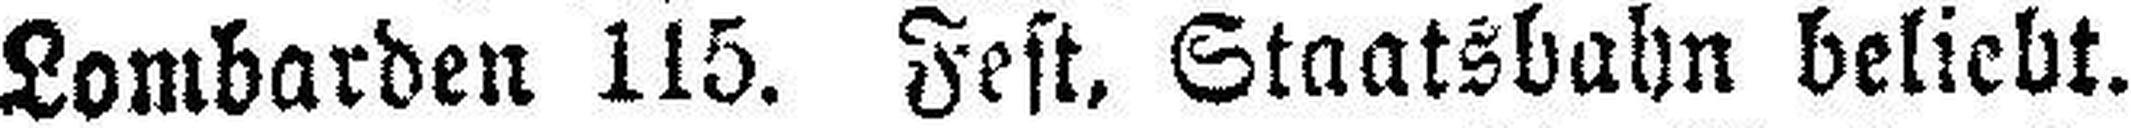
Lombarden 115. Fest, Staatsbahn beliebt.